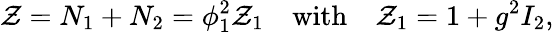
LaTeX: \mathcal{Z}=N_{1}+N_{2}=\phi_{1}^{2}\mathcal{Z}_{1}\quad\mathrm{{with}}\quad\mathcal{Z}_{1}=1+g^{2}I_{2},